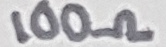
Text: 100Ω